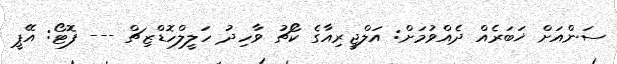
ސަންއަށް ޚަބަރެއް ދެއްވުމަށް: އަލްޖީރިއާގެ ކޯޗު ވާހިދު ހަލީލްހޮޑްޒިޗް --- ފޮޓޯ: އޭޕީ